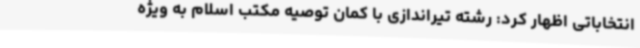
انتخاباتی اظهار کرد: رشته تیراندازی با کمان توصیه مکتب اسلام به ویژه